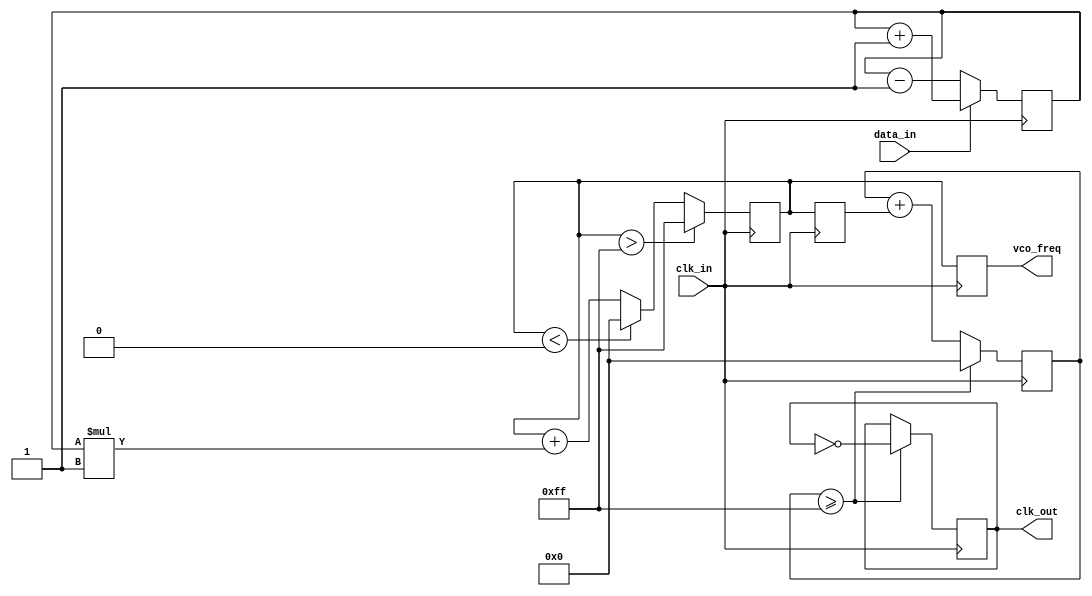
module ClockRecoveryPLL (
    input wire clk_in,          // Incoming data clock
    input wire data_in,         // Incoming data signal
    output reg clk_out,         // Recovered clock output
    output reg [7:0] vco_freq   // VCO frequency control output
);

    // Parameters
    parameter integer VCO_MAX_FREQ = 255; // Max frequency for VCO
    parameter integer VCO_MIN_FREQ = 0;    // Min frequency for VCO
    parameter integer LOOP_FILTER_GAIN = 1; // Gain for loop filter

    // Internal signals
    reg [7:0] phase_error;      // Phase error from PD
    reg [7:0] loop_filter_output; // Output from loop filter
    reg [7:0] vco_control;       // Control signal for VCO
    reg [7:0] vco_counter;       // VCO counter for frequency generation

    // Phase Detector (PD)
    always @(posedge clk_in) begin
        // Simple phase detection logic
        if (data_in) begin
            phase_error <= phase_error + 1; // Increment phase error if data is high
        end else begin
            phase_error <= phase_error - 1; // Decrement phase error if data is low
        end
    end

    // Loop Filter (LF)
    always @(posedge clk_in) begin
        // Simple low-pass filter implementation
        loop_filter_output <= loop_filter_output + (phase_error * LOOP_FILTER_GAIN);
        // Limit the output to VCO frequency range
        if (loop_filter_output > VCO_MAX_FREQ) begin
            loop_filter_output <= VCO_MAX_FREQ;
        end else if (loop_filter_output < VCO_MIN_FREQ) begin
            loop_filter_output <= VCO_MIN_FREQ;
        end
    end

    // Voltage-Controlled Oscillator (VCO)
    always @(posedge clk_in) begin
        vco_control <= loop_filter_output; // Control VCO with loop filter output
        vco_counter <= vco_counter + vco_control; // Increment VCO counter
        if (vco_counter >= 255) begin
            clk_out <= ~clk_out; // Toggle output clock when counter overflows
            vco_counter <= 0; // Reset counter
        end
    end

    // Output frequency control
    always @(posedge clk_in) begin
        vco_freq <= loop_filter_output; // Output the VCO frequency control value
    end

endmodule